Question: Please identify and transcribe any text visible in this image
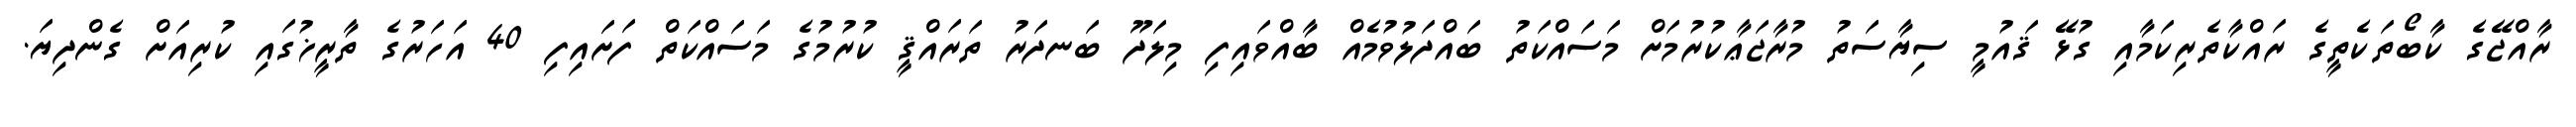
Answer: ރާއްޖޭގެ ކާބޯތަކެތީގެ ރައްކާތެރިކަމާއި ގުޅޭ ޤައުމީ ސިޔާސަތު މުރާޖަޢާކުރުމަށް މަސައްކަތު ބައްދަލުވުމެއް ބާއްވައިފި މިލަދޫ ބަނދަރު ތަރައްޤީ ކުރުމުގެ މަސައްކަތް ފަށައިފި 40 އަހަރުގެ ތާރީޚުގައި ކުރިއަށް ގެންދިޔަ.